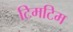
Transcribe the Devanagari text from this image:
टिमटिम